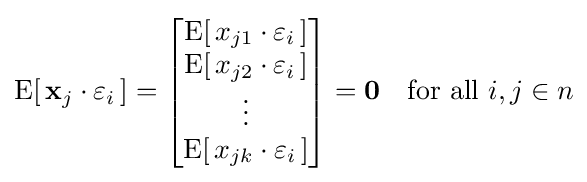
\operatorname {E} [\,\mathbf {x} _{j}\cdot \varepsilon _{i}\,]={\begin{bmatrix}\operatorname {E} [\,{x}_{j1}\cdot \varepsilon _{i}\,]\\\operatorname {E} [\,{x}_{j2}\cdot \varepsilon _{i}\,]\\\vdots \\\operatorname {E} [\,{x}_{jk}\cdot \varepsilon _{i}\,]\end{bmatrix}}=\mathbf {0} \quad {\text{for all }}i,j\in n